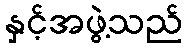
နှင့်အဖွဲ့သည်